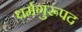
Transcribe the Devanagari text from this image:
धर्मगुरूपद